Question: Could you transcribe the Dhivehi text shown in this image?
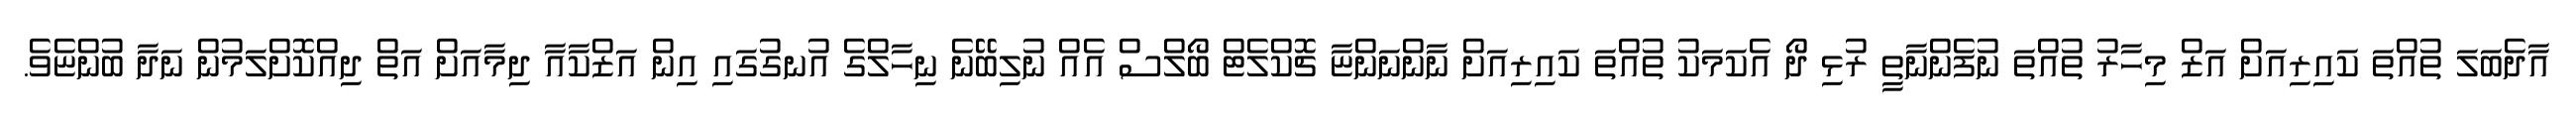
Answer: އާދެބަލަ ތުއްތަ ކައިރިއަށް އަޒް މިހާރު ތުއްތަ ނުފެންނާތީ ރުޅި ދޯ އެކަމަކު ތުއްތަ ކައިރިއަށް ނާންނަންޏާ ޗޮކްލެޓް ބޯލްސް އެއް ނުލިބޭނެ ނިހާލްގެ އުނގުގައި އިން އަޒްކާއާ ދިމާއަށް އަތް ދިއްކޮށްލަމުން ނަދާ ބުންޏެވެ.